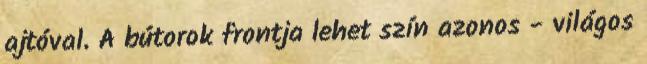
ajtóval. A bútorok frontja lehet szín azonos - világos